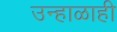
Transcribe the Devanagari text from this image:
उन्हाळाही